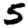
Digit: 5